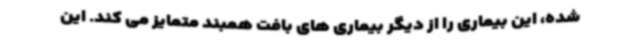
شده، این بیماری را از دیگر بیماری های بافت همبند متمایز می کند. این